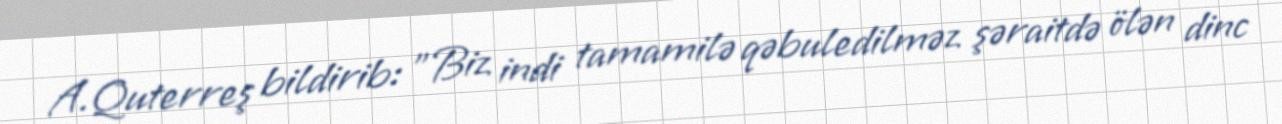
A.Quterreş bildirib: "Biz indi tamamilə qəbuledilməz şəraitdə ölən dinc